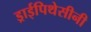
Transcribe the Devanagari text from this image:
ड्राईपिथेसीनी